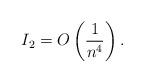
LaTeX: \begin{align*}I_2 = O\left(\frac{1}{n^4}\right).\end{align*}